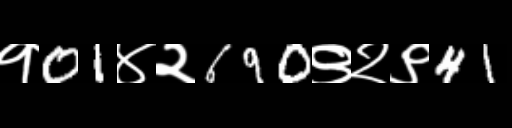
Text: १01४२690९२९41